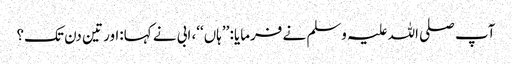
آپ صلی اللہ علیہ وسلم نے فرمایا: ’’ہاں‘‘، ابی نے کہا:اور تین دن تک؟